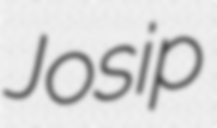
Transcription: Josip